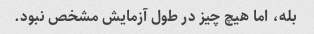
بله، اما هیچ چیز در طول آزمایش مشخص نبود.